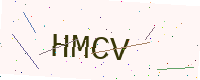
Text: HMCV